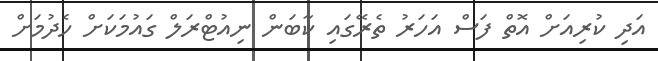
އަދި ކުރިއަށް އޮތް ފަސް އަހަރު ތެރޭގައި ކާބަން ނިއުޓްރަލް ގައުމަަކަށް ހެދުމަށް